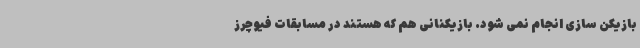
بازیکن سازی انجام نمی شود. بازیکنانی هم که هستند در مسابقات فیوچرز